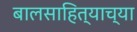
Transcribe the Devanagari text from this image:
बालसाहित्याच्या